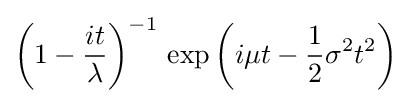
\left(1-{\frac {it}{\lambda }}\right)^{-1}\,\exp \left(i\mu t-{\frac {1}{2}}\sigma ^{2}t^{2}\right)